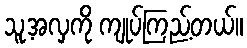
သူ့အလှကို ကျုပ်ကြည့်တယ်။